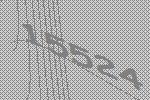
15524